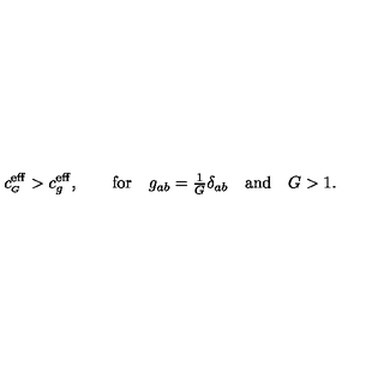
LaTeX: c _ { \scriptscriptstyle G } ^ { \mathrm { e f f } } > c _ { g } ^ { \mathrm { e f f } } , \qquad \mathrm { f o r } \quad g _ { a b } = { \textstyle \frac { 1 } { G } } \delta _ { a b } \quad \mathrm { a n d } \quad G > 1 .